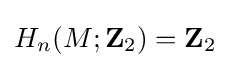
H_{n}(M;\mathbf {Z} _{2})=\mathbf {Z} _{2}